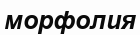
морфолия